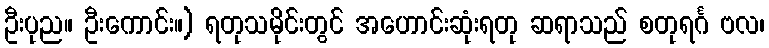
ဦးပုည။ ဦးကောင်း။) ရတုသမိုင်းတွင် အဟောင်းဆုံးရတု ဆရာသည် စတုရင်္ဂ ဗလ၊